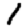
Digit: 1